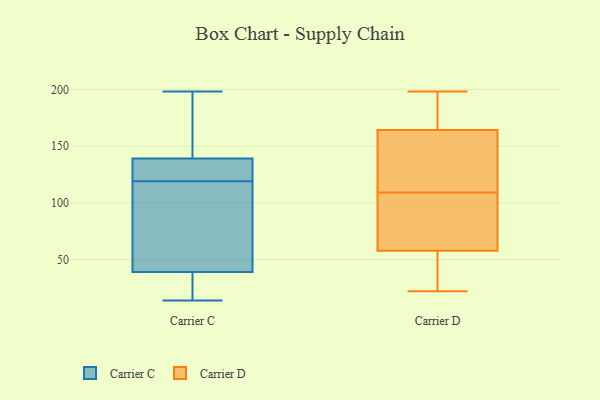
{"axis": {"x": "Conversion Rate (%)", "y": "Value"}, "legend": ["Carrier C", "Carrier D"], "data": [{"x": "", "y": 14, "type": "Carrier C"}, {"x": "", "y": 27, "type": "Carrier C"}, {"x": "", "y": 198, "type": "Carrier C"}, {"x": "", "y": 139, "type": "Carrier C"}, {"x": "", "y": 133, "type": "Carrier C"}, {"x": "", "y": 52, "type": "Carrier C"}, {"x": "", "y": 131, "type": "Carrier C"}, {"x": "", "y": 139, "type": "Carrier C"}, {"x": "", "y": 39, "type": "Carrier C"}, {"x": "", "y": 115, "type": "Carrier C"}, {"x": "", "y": 155, "type": "Carrier C"}, {"x": "", "y": 92, "type": "Carrier C"}, {"x": "", "y": 123, "type": "Carrier C"}, {"x": "", "y": 20, "type": "Carrier C"}, {"x": "", "y": 54, "type": "Carrier D"}, {"x": "", "y": 198, "type": "Carrier D"}, {"x": "", "y": 77, "type": "Carrier D"}, {"x": "", "y": 168, "type": "Carrier D"}, {"x": "", "y": 117, "type": "Carrier D"}, {"x": "", "y": 40, "type": "Carrier D"}, {"x": "", "y": 163, "type": "Carrier D"}, {"x": "", "y": 191, "type": "Carrier D"}, {"x": "", "y": 196, "type": "Carrier D"}, {"x": "", "y": 22, "type": "Carrier D"}, {"x": "", "y": 119, "type": "Carrier D"}, {"x": "", "y": 75, "type": "Carrier D"}, {"x": "", "y": 36, "type": "Carrier D"}, {"x": "", "y": 109, "type": "Carrier D"}, {"x": "", "y": 71, "type": "Carrier D"}, {"x": "", "y": 163, "type": "Carrier D"}, {"x": "", "y": 59, "type": "Carrier D"}]}